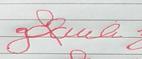
Signature authenticity: forged